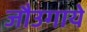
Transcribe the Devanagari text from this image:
जौउगाये